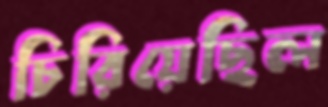
চিরিয়েছিল